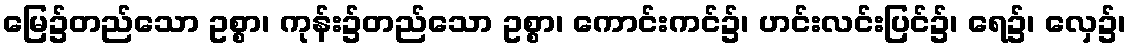
မြေ၌တည်သော ဥစ္စာ၊ ကုန်း၌တည်သော ဥစ္စာ၊ ကောင်းကင်၌၊ ဟင်းလင်းပြင်၌၊ ရေ၌၊ လှေ၌၊